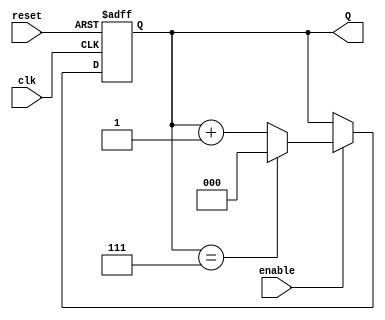
module binary_up_counter #(
    parameter N = 3 // Number of bits in the counter (default is 3 bits)
) (
    input wire clk,          // Clock signal
    input wire reset,        // Asynchronous reset signal
    input wire enable,       // Enable signal
    output reg [N-1:0] Q     // Count output
);

    // Asynchronous reset and counting logic
    always @(posedge clk or posedge reset) begin
        if (reset) begin
            Q <= 0; // Reset the counter to 0
        end else if (enable) begin
            if (Q == (2**N - 1)) begin
                Q <= 0; // Roll over to 0 when maximum count is reached
            end else begin
                Q <= Q + 1; // Increment the counter
            end
        end
    end

endmodule